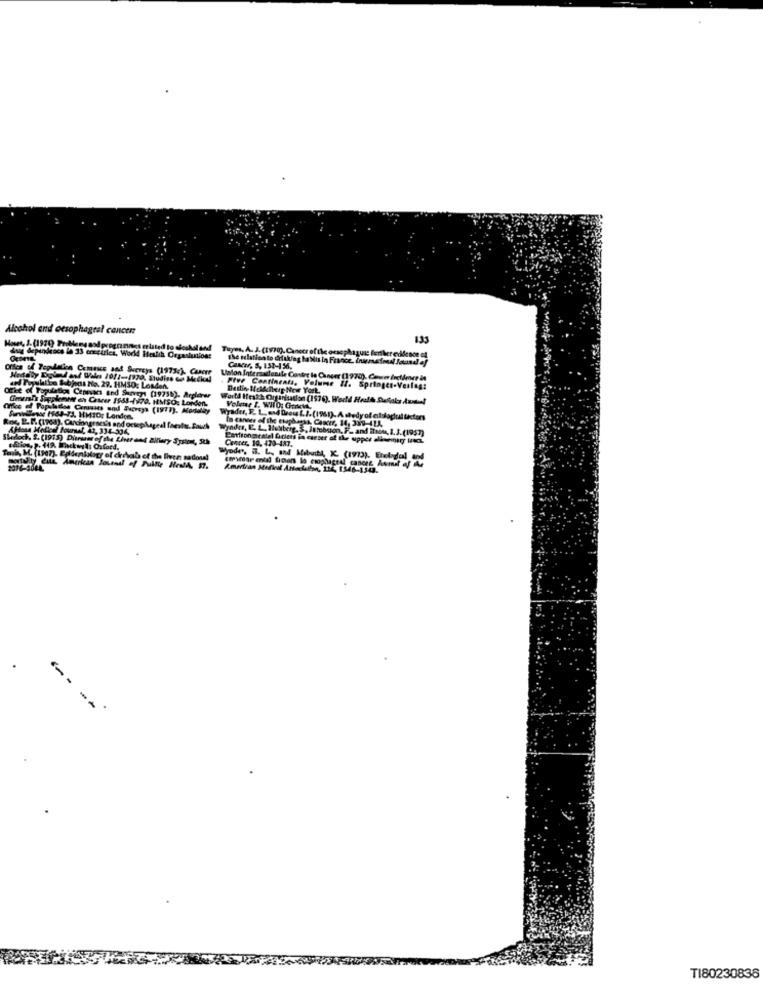
Alcohol and oesophageal cancer
135
doll dependence la 33 enseirics, World Health Orgaslution!
Tuyes, A. J. (1970). Cancer ofthe oesophagus: further evidence of
the relation to drtaking ha blus in France. Inumaional Sound of
Orlen of Tepelfica Cemeses and Suereys (19732). Canere
Cancer, S. 151-156.
Hedeby Doind and Wales 10/1-1930. Studies Gi Meckel
Union Intersadansle Centre la Cancer (1970). Conver inctimer is
and Pijuhtbe & bjas No. 29. HM30: Loaden
Five Continents, Volume II. Springer-Verlag:
Ofthe of Population Cenmars and Shavers (19738). Arglerar
Gmtrst's Sigplenne en Casrer 1988-1970. HMSO: London.
World Health Organisation (1576). World Helt Susal Amou!
Cifce of Population Crmmeses und Supreys (1977). Mortally
Volume t. WHO: Geneva,
Wyader, F. L. and Deus t.I. (1961). A .tedy of ellodual factors
In cannes of the etapharas, Cancer, 14, 339-411,
Rne, B.P. (1968), Carcinogenesis and octeplage
AHdosa Medical Pourel, 42, 334-304.
Wynder, E. L. Helterg. S. Istobuon, F_ and ihnen, L.J. (1957)
Sherlock. 2. (1915) Ditrum of the Liver and allary System, Sth
Cancer, 10. 470-487.
cation, p. 449. Meck will: Oxford.
Wyoder. B. L. and Mibuch, K. (1993). Eteloglal and
TI80230836